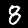
Label: 8